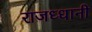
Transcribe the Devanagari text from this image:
राजध्धानी